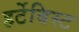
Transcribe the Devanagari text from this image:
हर्टेबिस्ट